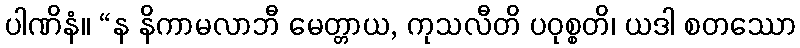
ပါဏိနံ။ “န နိကာမလာဘီ မေတ္တာယ, ကုသလီတိ ပဝုစ္စတိ၊ ယဒါ စတဿော